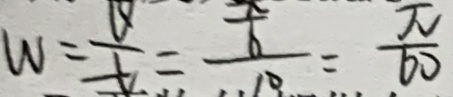
W = \frac { v } { 1 } = \frac { \frac { x } { 6 } } { 1 0 } = \frac { \pi } { 6 0 }